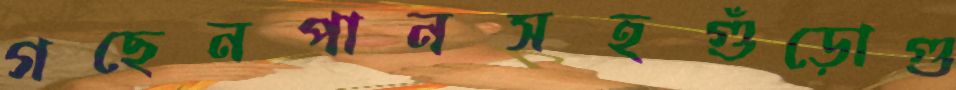
গছেনপানসহগুঁড়োগু